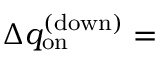
\Delta q _ { \mathrm { o n } } ^ { \mathrm { ( d o w n ) } } =